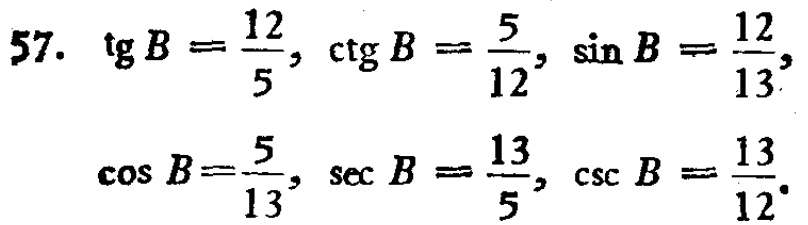
\[

\begin{align*}

57.\ \mathrm{tg}\,B&=\frac{12}{5},\ \mathrm{ctg}\,B = \frac{5}{12},\ \sin B=\frac{12}{13},\\

\cos B&=\frac{5}{13},\ \mathrm{sec}\,B=\frac{13}{5},\ \mathrm{csc}\,B=\frac{13}{12}.

\end{align*}

\]